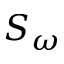
S _ { \omega }